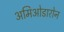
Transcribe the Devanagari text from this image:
अमिओडारोन